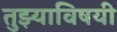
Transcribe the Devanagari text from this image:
तुझ्याविषयी